Scottish Leaving Certificate Examination, 1954
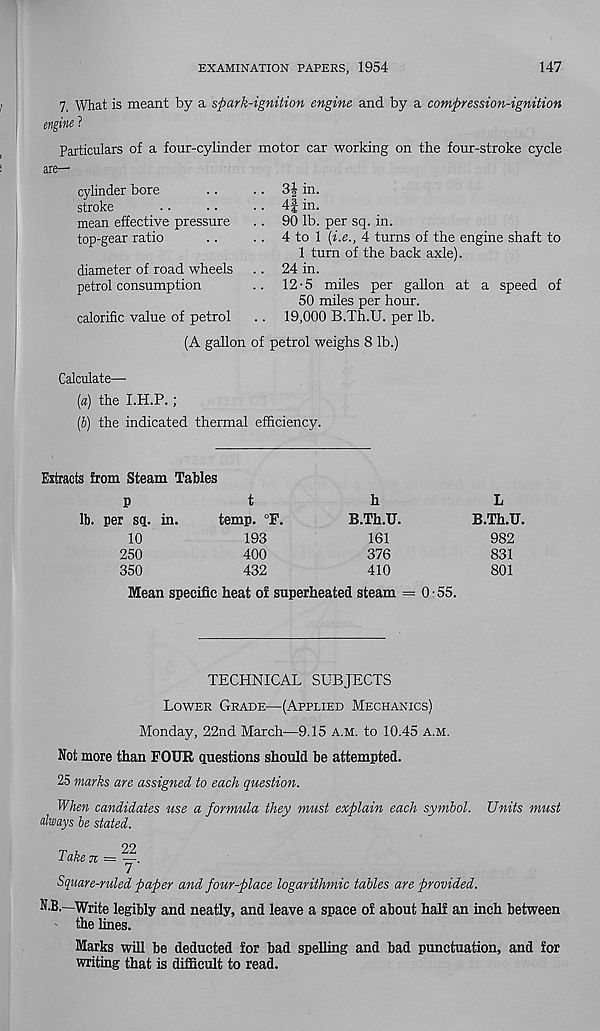
EXAMINATION PAPERS, 1954
147
7. What is meant by a spark-ignition engine and by a compression-ignition
\m ?
Particulars of a four-cylinder motor car working on the four-stroke cycle
cylinder bore
stroke
mean effective pressure
top-gear ratio
diameter of road wheels
petrol consumption
calorific value of petrol
(A gallon of petrol weighs 8 lb.)
Calculate—
[a) the I.H.P.;
(J) the indicated thermal efficiency.
3| in.
4f in.
90 lb. per sq. in.
4 to 1 (i.e., 4 turns of the engine shaft to
1 turn of the back axle).
24 in.
12-5 miles per gallon at a speed of
50 miles per hour.
19,000 B.Th.U. per lb.
Extracts from Steam Tables
lb. per sq. in.
10
250
350
t
temp. °F.
193
400
432
h
B.Th.U.
161
376
410
L
B.Th.U.
982
831
801
Mean specific heat of superheated steam = 0-55.
TECHNICAL SUBJECTS
Lower Grade—(Applied Mechanics)
Monday, 22nd March—9.15 a.m. to 10.45 a.m.
Not more than FOUR questions should be attempted.
25 marks are assigned to each question.
When candidates use a formula they must explain each symbol. Units must
always be stated.
Take n = ~.
7
Square-ruled paper and four-place logarithmic tables are provided.
N.B.—-Write legibly and neatly, and leave a space of about half an inch between
the lines.
Marks will be deducted for bad spelling and bad punctuation, and for
writing that is difficult to read.